Vaccination in Bombay 1889-1901 - 1889-1901
Year: 1889
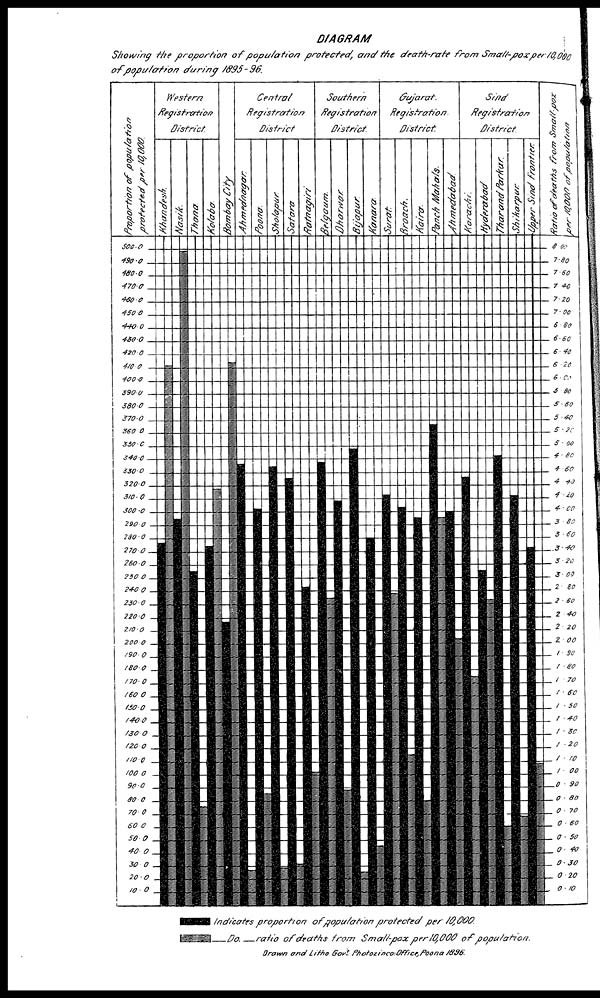
DIAGRAM
Showing the proportion
of population
protected,
and the death-rate from Small-pox per10,000
of population
during
1895-96.